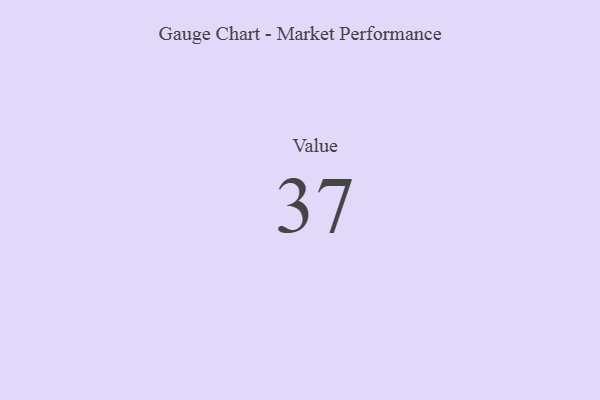
{"axis": {"x": "Metric", "y": "Value"}, "legend": [""], "data": [{"x": "Value", "y": 37, "type": ""}]}